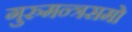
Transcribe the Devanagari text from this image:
गुरुमन्त्रसमो